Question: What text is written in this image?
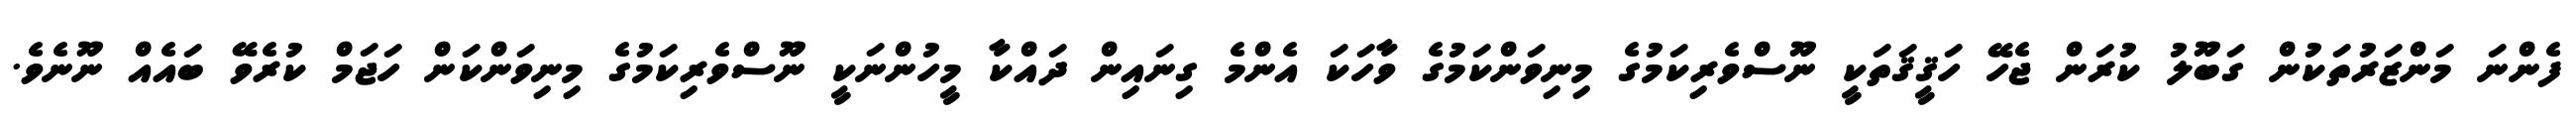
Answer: ފެންނަ މަންޒަރުތަކުން ގަބޫލު ކުރަން ޖެހޭ ހަޤީޤަތަކީ ނޫސްވެރިކަމުގެ މިނިވަންކަމުގެ ވާހަކަ އެންމެ ގިނައިން ދައްކާ މީހުންނަކީ ނޫސްވެރިކަމުގެ މިނިވަންކަން ހަޖަމް ކުރެވޭ ބައެއް ނޫނެވެ.